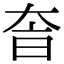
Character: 𡘐